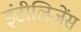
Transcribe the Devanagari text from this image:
इंटीलिजेंस